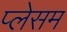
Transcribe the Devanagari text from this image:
प्लेसम